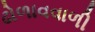
ઢોળાવવાળી